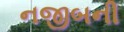
નજીબની